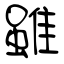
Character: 雖